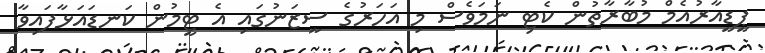
ޕީޑީއާރުއެމް މުބާރާތުން ކެޓި ނަމަވެސް މި އަހަރުގެ ސީޒަނުގައި އެ ޓީމުން ކަނޑައަޅާފައިވާ